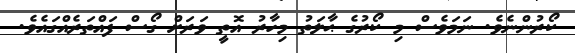
ކޯރުންނެވެ. ނަމަވެސް މި ކޯރުގެ ޙާލަތު މިހާރު އޮތީ ވަރަށް ގޯސް ފައްތަރެއްގައެވެ.